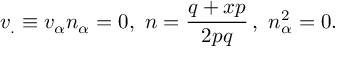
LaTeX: v _ { . } \equiv v _ { \alpha } n _ { \alpha } = 0 , \, \, n = \frac { q + x p } { 2 p q } \, , \, \, n _ { \alpha } ^ { 2 } = 0 .